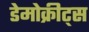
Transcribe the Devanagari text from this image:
डेमोक्रीट्स